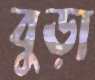
বুড়া